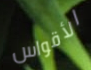
الأقواس